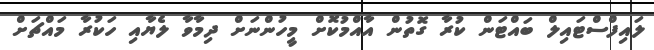
ލައިފްސްޓައިލް ބައްޓަން ކުރާ ގޮތުން އާއްމުކޮށް މީހުންނަށް ދިމާވާ ލެޔާއި ހަކުރާ މައްޗަށް